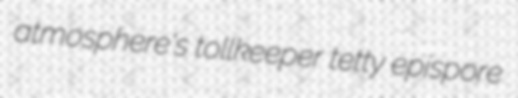
atmosphere's tollkeeper tetty epispore